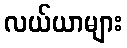
လယ်ယာများ